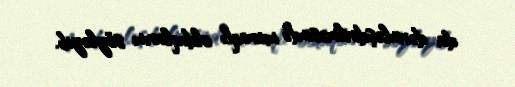
da dərinləşdirilməsində maraqlı olduqlarını söyləyib.